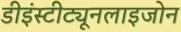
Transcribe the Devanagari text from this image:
डीइंस्टीट्यूनलाइजोन